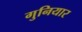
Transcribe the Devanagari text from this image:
गुनियार